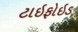
ટાઇફોઇડ